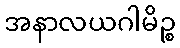
အနာလယဂါမိဉ္စ